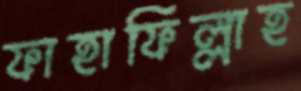
ফাহাফিল্লাহ